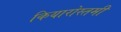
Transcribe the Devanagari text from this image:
कियारोस्तमी